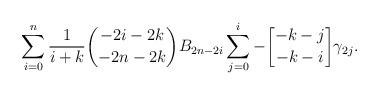
LaTeX: \begin{align*} \sum\limits_{i=0}^n \frac{1}{i+k} {-2i-2k \choose -2n-2k} B_{2n-2i} \sum\limits_{j=0}^i -{-k-j\brack -k-i}\gamma_{2j}.\end{align*}